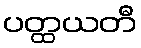
ပတ္ထယတီ